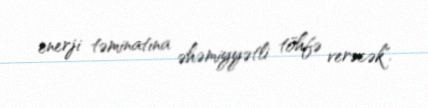
enerji təminatına əhəmiyyətli töhfə verəcək".